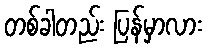
တစ်ခါတည်း ပြန်မှာလား